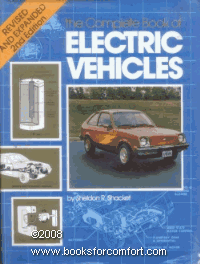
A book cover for Complete Book of Electric Vehicles; Sheldon R. Shacket; Engineering & Transportation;